Cholera in India, 1862 to 1881
Year: 1862
Disease focus: Cholera
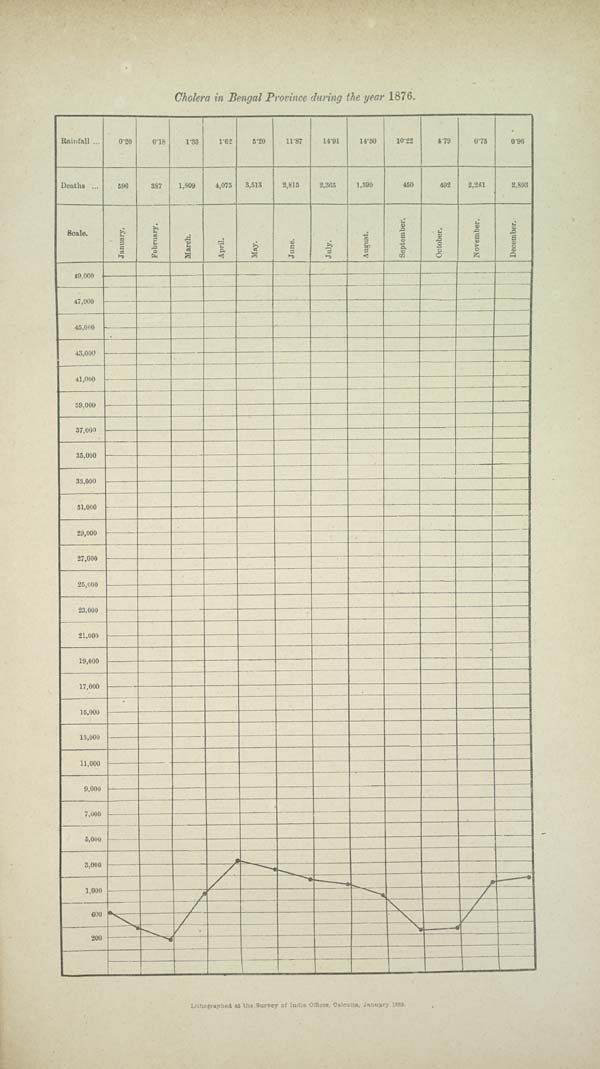
Cholera in Bengal Province during the year 1876.
Lithographed at the Survey of India Offices, Calcutta, January 1885.